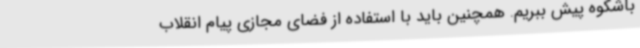
باشکوه پیش ببریم. همچنین باید با استفاده از فضای مجازی پیام انقلاب